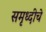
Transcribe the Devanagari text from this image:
समृध्‍दीचे